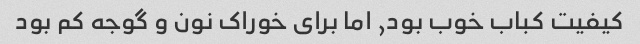
کیفیت کباب خوب بود, اما برای خوراک نون و گوجه کم بود